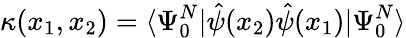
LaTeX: \kappa(x_{1},x_{2})=\langle\Psi_{0}^{N}|\hat{\psi}(x_{2})\hat{\psi}(x_{1})|\Psi_{0}^{N}\rangle